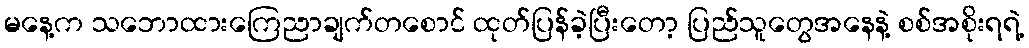
မနေ့က သဘောထားကြေညာချက်တစောင် ထုတ်ပြန်ခဲ့ပြီးတော့ ပြည်သူတွေအနေနဲ့ စစ်အစိုးရရဲ့